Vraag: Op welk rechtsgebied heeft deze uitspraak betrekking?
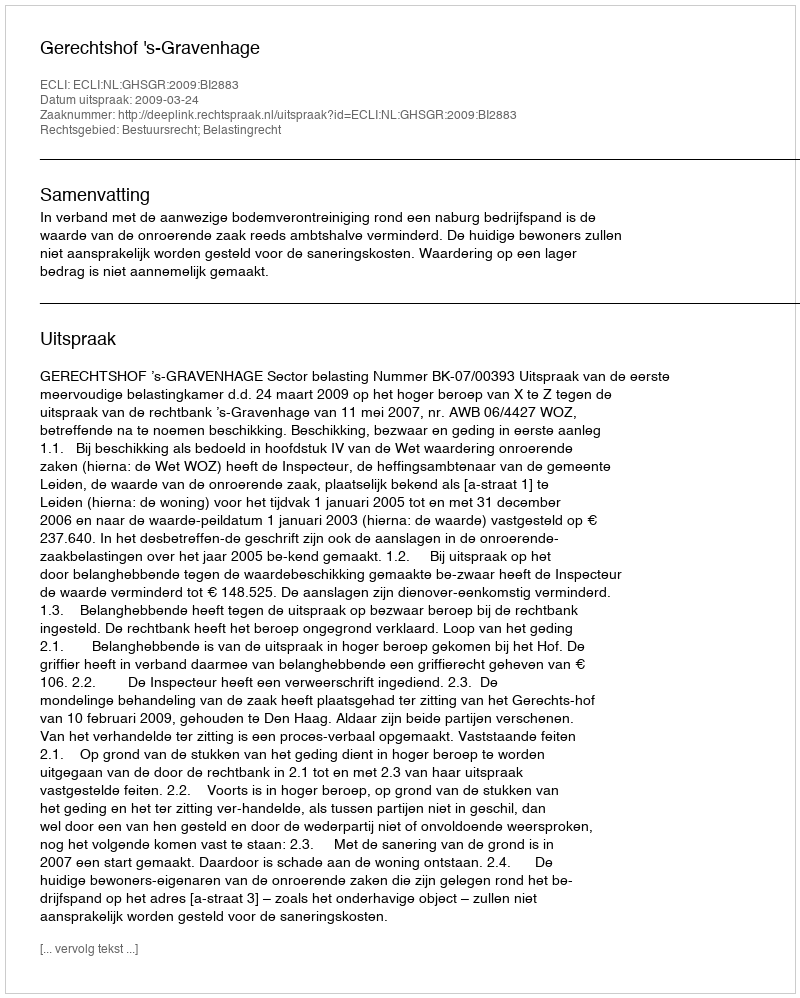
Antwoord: Bestuursrecht; Belastingrecht